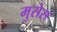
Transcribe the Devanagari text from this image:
मुसेस